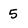
Character: 5